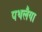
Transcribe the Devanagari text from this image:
पथलैया